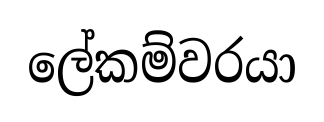
ලේකම්වරයා